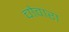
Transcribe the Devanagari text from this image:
चोवारा